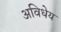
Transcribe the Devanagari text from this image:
अविधेय